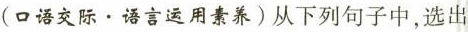
（口语交际·语言运用素养)从下列句子中，选出